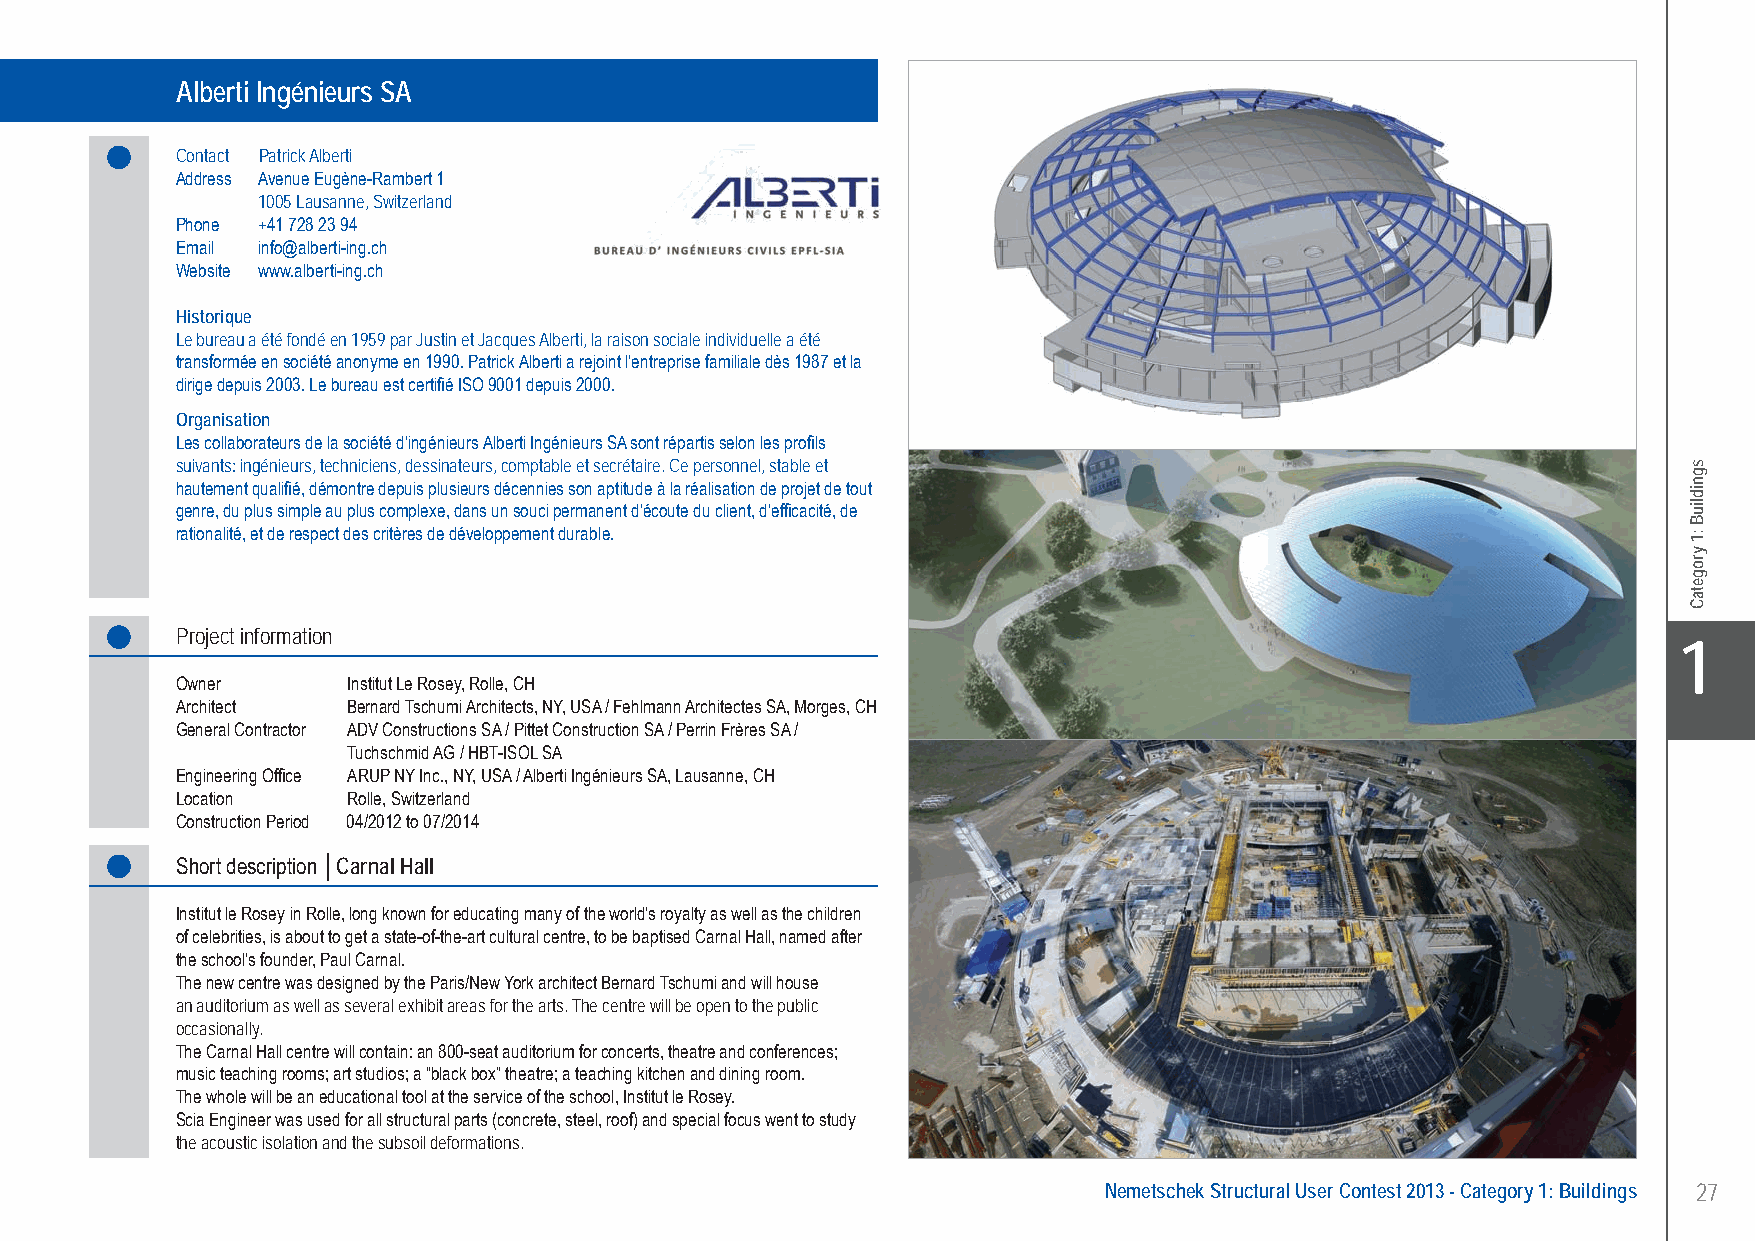
Alberti Ingénieurs SA............................................. Carnal Hall - Rolle, Switzerland
 Alberti Ingénieurs SA
 Contact Patrick Alberti
 Address Avenue Eugène-Rambert 1
 1005 Lausanne, Switzerland
 Phone +41 728 23 94
 Email info@alberti-ing.ch
 Website www.alberti-ing.ch
 Historique
 Le bureau a été fondé en 1959 par Justin et Jacques Alberti, la raison sociale individuelle a été
 transformée en société anonyme en 1990. Patrick Alberti a rejoint l’entreprise familiale dès 1987 et la
 dirige depuis 2003. Le bureau est certifié ISO 9001 depuis 2000.
 Organisation
 Les collaborateurs de la société d’ingénieurs Alberti Ingénieurs SA sont répartis selon les profils
 suivants: ingénieurs, techniciens, dessinateurs, comptable et secrétaire. Ce personnel, stable et
 hautement qualifié, démontre depuis plusieurs décennies son aptitude à la réalisation de projet de tout
 genre, du plus simple au plus complexe, dans un souci permanent d’écoute du client, d’efficacité, de
 rationalité, et de respect des critères de développement durable.
 Project information
 X1
 Owner      Institut Le Rosey, Rolle, CH
 Architect  Bernard Tschumi Architects, NY, USA / Fehlmann Architectes SA, Morges, CH
 General Contractor ADV Constructions SA / Pittet Construction SA / Perrin Frères SA /
 Tuchschmid AG / HBT-ISOL SA
 Engineering Office ARUP NY Inc., NY, USA / Alberti Ingénieurs SA, Lausanne, CH
 Location   Rolle, Switzerland
 Construction Period 04/2012 to 07/2014
 Short description │Carnal Hall
 Institut le Rosey in Rolle, long known for educating many of the world’s royalty as well as the children
 of celebrities, is about to get a state-of-the-art cultural centre, to be baptised Carnal Hall, named after
 the school’s founder, Paul Carnal.
 The new centre was designed by the Paris/New York architect Bernard Tschumi and will house
 an auditorium as well as several exhibit areas for the arts. The centre will be open to the public
 occasionally.
 The Carnal Hall centre will contain: an 800-seat auditorium for concerts, theatre and conferences;
 music teaching rooms; art studios; a “black box” theatre; a teaching kitchen and dining room.
 The whole will be an educational tool at the service of the school, Institut le Rosey.
 Scia Engineer was used for all structural parts (concrete, steel, roof) and special focus went to study
 the acoustic isolation and the subsoil deformations.
 Nemetschek Structural User Contest 2013 - Category 1: Buildings 27
 UC-2013-Book-V8.indd 27                                                                                   7/11/2013 12:20:33 PM
 sgnidliuB
 :1
 yrogetaC